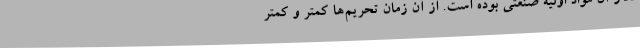
دلار آن مواد اولیه صنعتی بوده است. از آن زمان تحریم‌ها کمتر و کمتر